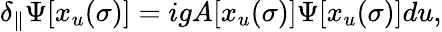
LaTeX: \delta_{\parallel}\Psi[x_{u}(\sigma)]=igA[x_{u}(\sigma)]\Psi[x_{u}(\sigma)]du,